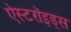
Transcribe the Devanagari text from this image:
ऐस्टरॉइड्स